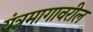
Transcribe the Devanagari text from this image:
यंत्रमागावरील